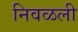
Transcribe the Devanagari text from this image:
निवळली